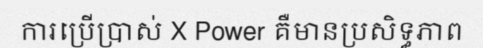
ការប្រើប្រាស់ X Power គឺមានប្រសិទ្ធភាព